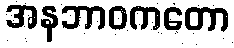
အနဘာဝကတော